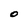
Character: O